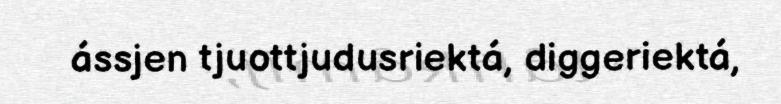
ássjen tjuottjudusriektá, diggeriektá,